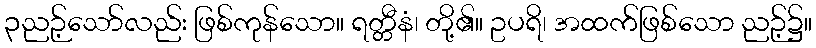
၃ညဉ့်သော်လည်း ဖြစ်ကုန်သော။ ရတ္တီနံ၊ တို့၏။ ဥပရိ၊ အထက်ဖြစ်သော ညဉ့်၌။